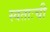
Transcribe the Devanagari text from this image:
स्वताःची